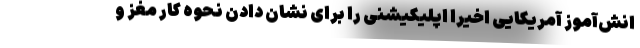
انش‌آموز آمریکایی اخیرا اپلیکیشنی را برای نشان دادن نحوه کار مغز و